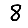
Digit: 8